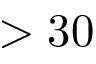
> 3 0